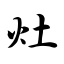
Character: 灶